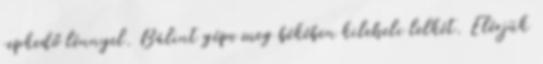
repkedő lénnyel. Bálint gépe meg békében kileheli lelkét. Elérjük